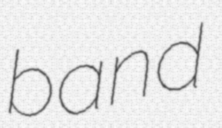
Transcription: band